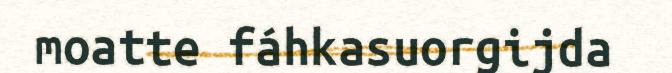
moatte fáhkasuorgijda